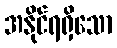
အနိုင်ရရှိသော